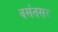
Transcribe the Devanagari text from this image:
बसंतसर